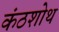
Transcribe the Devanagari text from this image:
कंठशोथ